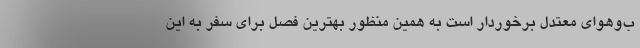
ب‌وهوای معتدل برخوردار است به همین منظور بهترین فصل برای سفر به این